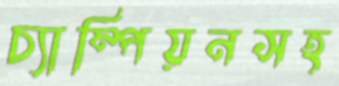
চ্যাম্পিয়নসহ